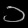
Digit: ၁